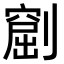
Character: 𠟶